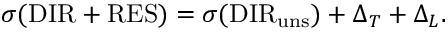
\sigma ( { \mathrm { D I R } } + { \mathrm { R E S } } ) = \sigma ( { \mathrm { D I R } _ { \mathrm { u n s } } } ) + \Delta _ { T } + \Delta _ { L } .